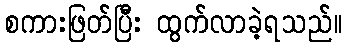
စကားဖြတ်ပြီး ထွက်လာခဲ့ရသည်။